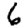
Digit: 6